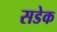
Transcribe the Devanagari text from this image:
सडेक